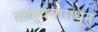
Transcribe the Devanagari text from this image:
तालुक्‍यामधून